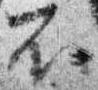
不